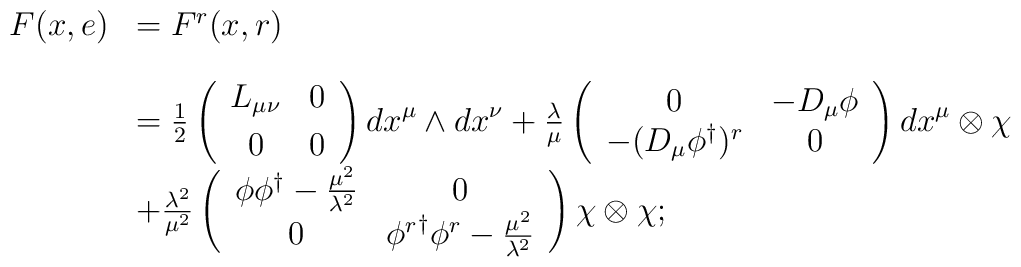
\begin{array}{cl}F(x,e)&=F^r(x,r)\\[4mm]&=\frac{1}{2}\left(\begin{array}{cc}L_{\mu\nu}&0\\[1mm]0&0\end{array}\right){dx}^{\mu}\wedge{dx}^{\nu}+\frac{\lambda}{\mu}\left(\begin{array}{cc}0&{-D_{\mu}\phi}\\-(D_{\mu}\phi^{\dag})^r&0\end{array}\right){dx}^{\mu}\otimes{\chi}\\&+\frac{{\lambda}^{2}}{{\mu}^{2}}\left(\begin{array}{cc}{\phi{\phi}^{\dag}-\frac{{\mu}^2}{\lambda^2}}&0\\0&{\phi^r}^{\dag}{\phi}^r-\frac{\mu^2}{\lambda^2}\end{array}\right){\chi}\otimes{\chi};\\[6mm]\end{array}